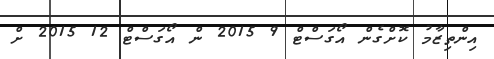
އިންތިޒާމު ކޮށްގެން އޯގަސްޓް 9 2015 ން އޯގަސްޓް 12 2015 ށް